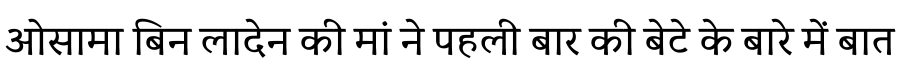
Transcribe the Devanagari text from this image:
ओसामा बिन लादेन की मां ने पहली बार की बेटे के बारे में बात